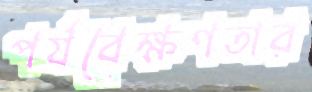
পর্যবেক্ষণতার